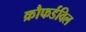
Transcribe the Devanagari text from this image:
क्रौफर्डविल